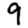
Digit: 9